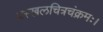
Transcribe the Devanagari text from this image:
प्रस्खलचित्रचंक्रमः।